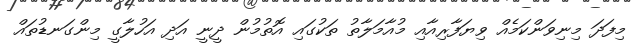
މިފަދަ މިނިވަންކަމެއް ވިޔަފާރިއާއި މުއާމަލާތު ތަކުގައި އޮތުމުން ދީނީ އަދި އަހުލާގީ މިންގަނޑުތައް